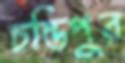
চন্ডিপুর